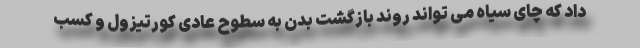
داد که چای سیاه می تواند روند بازگشت بدن به سطوح عادی کورتیزول و کسب